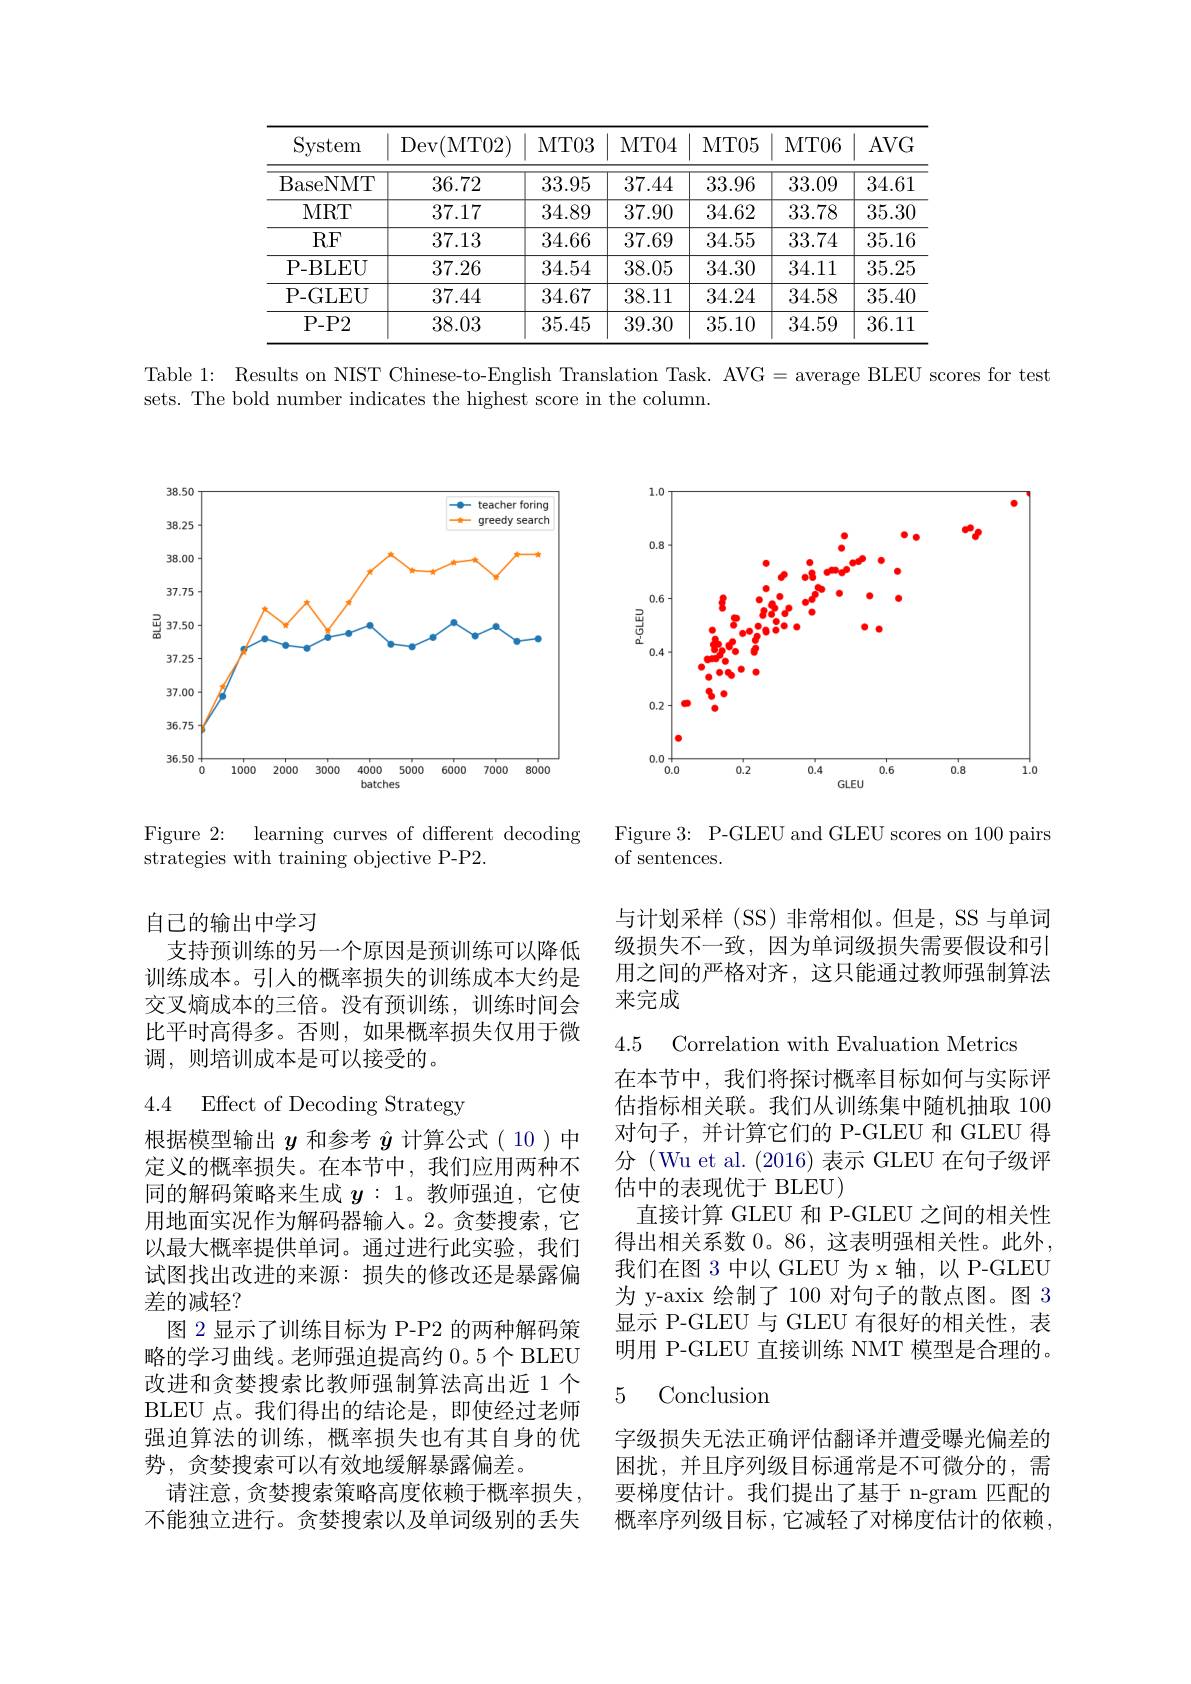
<table>
	<tbody>
		<tr>
			<th>System</th>
			<th>$\operatorname{Dev}($MT02)</th>
			<th>$MT03$</th>
			<th>MT04</th>
			<th>MT05</th>
			<th>MT06</th>
			<th>$AVG$</th>
		</tr>
		<tr>
			<td>BaseNMT</td>
			<td>36.72</td>
			<td>33.95</td>
			<td>37.44</td>
			<td>33.96</td>
			<td>33.09</td>
			<td>34.61</td>
		</tr>
		<tr>
			<td>MRT</td>
			<td>37.17</td>
			<td>34.89</td>
			<td>37.90</td>
			<td>34.62</td>
			<td>33.78</td>
			<td>35.30</td>
		</tr>
		<tr>
			<td>RF</td>
			<td>37.13</td>
			<td>34.66</td>
			<td>37.69</td>
			<td>34.55</td>
			<td>33.74</td>
			<td>35.16</td>
		</tr>
		<tr>
			<td>P- BLEU</td>
			<td>37.26</td>
			<td>34.54</td>
			<td>38.05</td>
			<td>34.30</td>
			<td>34.11</td>
			<td>35.25</td>
		</tr>
		<tr>
			<td>P- GLEU</td>
			<td>37.44</td>
			<td>34.67</td>
			<td>38.11</td>
			<td>34.24</td>
			<td>34.58</td>
			<td>35.40</td>
		</tr>
		<tr>
			<td>P- P2</td>
			<td>38.03</td>
			<td>35.45</td>
			<td>39.30</td>
			<td>35.10</td>
			<td>34.59</td>
			<td>36.11</td>
		</tr>
	</tbody>
</table>

Table 1: Results on NIST Chinese-to-English Translation Task. AVG= average BLEU scores for test

sets. The bold number indicates the highest score in the column.

<FigureHere>

Figure 2: learning curves of different decoding
strategies with training objective P-P2.

自己的输出中学习

支持预训练的另一个原因是预训练可以降低训练成本。引人的概率损失的训练成本大约是交叉熵成本的三倍。没有预训练，训练时间会比平时高得多。否则，如果概率损失仅用于微调，则培训成本是可以接受的。

4.4 Effect of Decoding Strategy

根据模型输出$y$和参考$\hat{y}$计算公式( 10 )中定义的概率损失。在本节中，我们应用两种不同的解码策略来生成$y:1$。教师强迫，它使用地面实况作为解码器输入。2。贪婪搜索，它以最大概率提供单词。通过进行此实验，我们试图找出改进的来源：损失的修改还是暴露偏差的减轻？
图 2 显示了训练目标为 P-P2 的两种解码策略的学习曲线。老师强迫提高约 0。5 个 BLEU 改进和贪婪搜索比教师强制算法高出近 1 个BLEU 点。我们得出的结论是，即使经过老师强迫算法的训练，概率损失也有其自身的优势，贪婪捜索可以有效地缓解暴露偏差。
请注意，贪婪搜索策略高度依赖于概率损失， 不能独立进行。贪婪搜索以及单词级别的丢失

<FigureHere>

Figure 3: P-GLEU and GLEU scores on 100 pairs
of sentences.

与计划采样 (SS)非常相似。但是，SS 与单词级损失不一致，因为单词级损失需要假设和引用之间的严格对齐，这只能通过教师强制算法来完成

4.5 Correlation with Evaluation Metrics

在本节中，我们将探讨概率目标如何与实际评估指标相关联。我们从训练集中随机抽取 100对句子，并计算它们的 P-GLEU 和 GLEU 得分 (Wu et al. (2016) 表示 GLEU 在句子级评估中的表现优于 BLEU)
直接计算 GLEU 和 P-GLEU 之间的相关性得出相关系数 0。86, 这表明强相关性。此外， 我们在图 3 中以 GLEU 为 x 轴，以 P-GLEU 为 y-axix 绘制了 100 对句子的散点图。图 3显示 P-GLEU 与 GLEU 有很好的相关性，表明用 P-GLEU 直接训练 NMT 模型是合理的。

### 5 Conclusion

字级损失无法正确评估翻译并遭受曝光偏差的困扰，并且序列级目标通常是不可微分的，需要梯度估计。我们提出了基于 n-gram 匹配的概率序列级目标，它减轻了对梯度估计的依赖